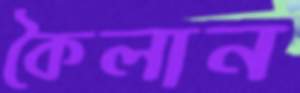
কৈলান